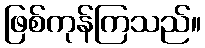
ဖြစ်ကုန်ကြသည်။